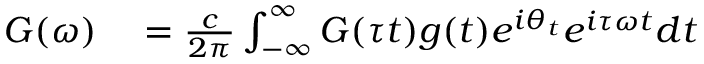
\begin{array} { r l } { G ( \omega ) } & { { } = \frac { c } { 2 \pi } \int _ { - \infty } ^ { \infty } G ( \tau t ) g ( t ) e ^ { i \theta _ { t } } e ^ { i \tau \omega t } d t } \end{array}